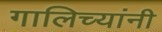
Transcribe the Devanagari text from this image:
गालिच्यांनी